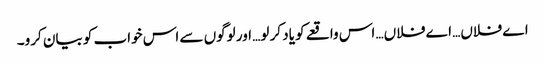
اے فلاں… اے فلاں… اس واقعے کو یاد کر لو… اور لوگوں سے اس خواب کو بیان کرو۔